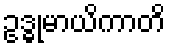
ဥဒ္ဓုမာယိကာတိ